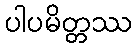
ပါပမိတ္တဿ